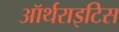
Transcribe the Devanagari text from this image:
ऑर्थराइटिस